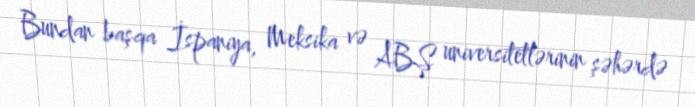
Bundan başqa İspaniya, Meksika və ABŞ universitetlərinin şəhərdə